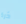
ذرة